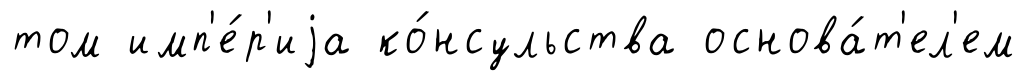
том имп'е́р'иjа ко́нсульства основа́т'ел'ем